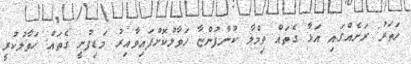
ހަތަރު ރަށެއްގައި އަޅާ ގެތައް ވިމްލާ ކުންފުންޏާ ހަވާލުކޮށްފައިވާއިރު މަޑިފުށީ ގެތައް ހަވާލުކުރީ